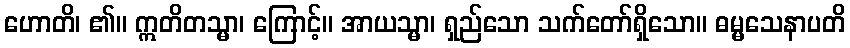
ဟောတိ၊ ၏။ ဣတိတသ္မာ၊ ကြောင့်။ အာယသ္မာ၊ ရှည်သော သက်တော်ရှိသော။ ဓမ္မသေနာပတိ